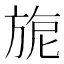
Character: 旎